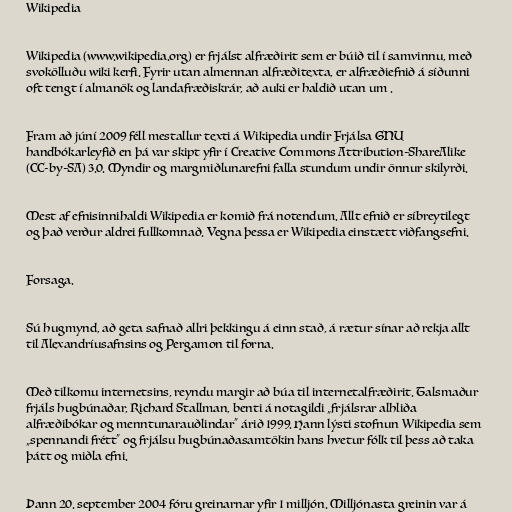
Wikipedia

Wikipedia (www.wikipedia.org) er frjálst alfræðirit sem er búið til í samvinnu, með
svokölluðu wiki kerfi. Fyrir utan almennan alfræðitexta, er alfræðiefnið á síðunni
oft tengt í almanök og landafræðiskrár, að auki er haldið utan um .

Fram að júní 2009 féll mestallur texti á Wikipedia undir Frjálsa GNU
handbókarleyfið en þá var skipt yfir í Creative Commons Attribution-ShareAlike
(CC-by-SA) 3.0. Myndir og margmiðlunarefni falla stundum undir önnur skilyrði.

Mest af efnisinnihaldi Wikipedia er komið frá notendum. Allt efnið er síbreytilegt
og það verður aldrei fullkomnað. Vegna þessa er Wikipedia einstætt viðfangsefni.

Forsaga.

Sú hugmynd, að geta safnað allri þekkingu á einn stað, á rætur sínar að rekja allt
til Alexandríusafnsins og Pergamon til forna.

Með tilkomu internetsins, reyndu margir að búa til internetalfræðirit. Talsmaður
frjáls hugbúnaðar, Richard Stallman, benti á notagildi „frjálsrar alhliða
alfræðibókar og menntunarauðlindar“ árið 1999. Hann lýsti stofnun Wikipedia sem
„spennandi frétt“ og frjálsu hugbúnaðasamtökin hans hvetur fólk til þess að taka
þátt og miðla efni.

Þann 20. september 2004 fóru greinarnar yfir 1 milljón. Milljónasta greinin var á